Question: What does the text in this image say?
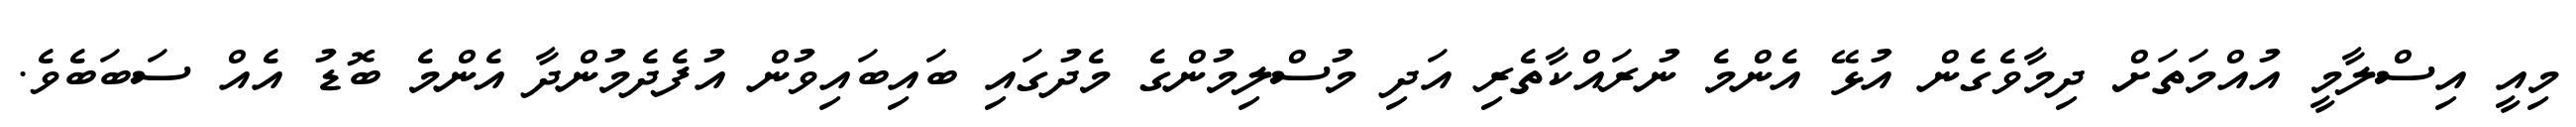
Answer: މިއީ އިސްލާމީ އުއްމަތަށް ދިމާވެގެން އުޅޭ އެންމެ ނުރައްކާތެރި އަދި މުސްލިމުންގެ މެދުގައި ބައިބައިވުން އުފެދެމުންދާ އެންމެ ބޮޑު އެއް ސަބަބެވެ.